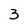
Character: 3